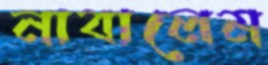
নাবালেম